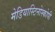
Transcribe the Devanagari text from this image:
मेडियास्टिनोस्कोपी